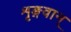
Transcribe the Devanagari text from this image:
शृङ्गवान्